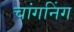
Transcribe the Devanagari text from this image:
चांगनिंग